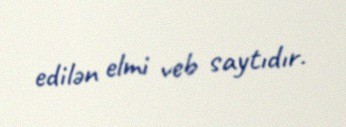
edilən elmi veb saytıdır.